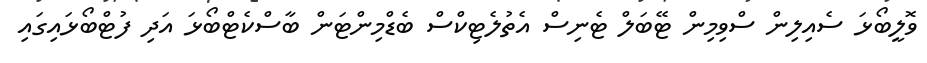
ވޮލީބޯޅަ ސެއިލިން ސްވިމިން ޓޭބަލް ޓެނިސް އެތުލެޓިކްސް ބެޑްމިންޓަން ބާސްކެޓްބޯޅަ އަދި ފުޓްބޯޅައިގައި